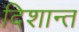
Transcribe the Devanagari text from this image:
दिशान्त